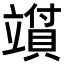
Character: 𬔪